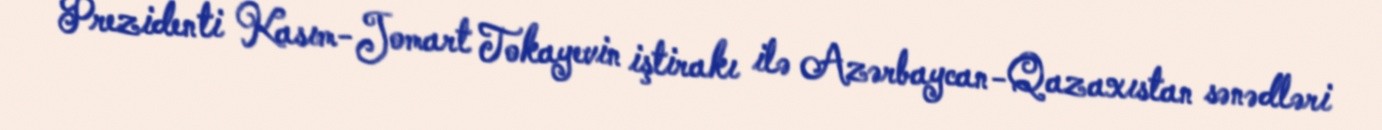
Prezidenti Kasım-Jomart Tokayevin iştirakı ilə Azərbaycan-Qazaxıstan sənədləri